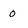
Character: o